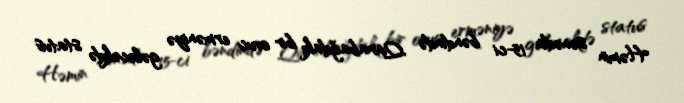
Həmin sənədin 15-ci bəndində Qarabağdakı bir ovuc erməniyə gələcəkdə status